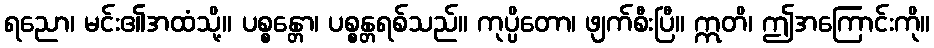
ရညော၊ မင်း၏အထံသို့။ ပစ္စန္တော၊ ပစ္စန္တရစ်သည်။ ကုပ္ပိတော၊ ဖျက်စီးပြီ။ ဣတိ၊ ဤအကြောင်းကို။